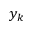
y _ { k }